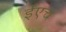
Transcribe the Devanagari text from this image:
ईएच